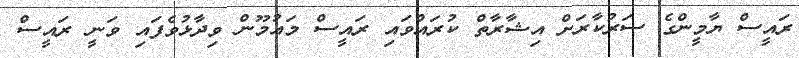
ރައީސް ޔާމީންގެ ސަރުކާރަށް އިޝާރާތް ކުރައްވައި ރައީސް މައުމޫން ވިދާޅުވެފައި ވަނީ ރައީސް